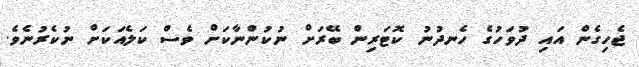
ޖެހިގެން އައި ދުވަހުގެ ހެނދުނު ކޮޓަރިން ބޭރަށް ނުކުންނާކަށް ވެސް ކަލެއަކަށް ނުކެރުނެވެ.